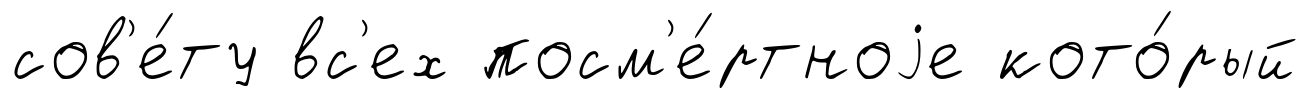
сов'е́ту вс'ех посм'е́ртноjе кото́рый